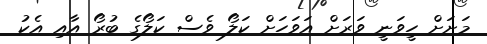
މަށަށް ހީވަނީ ވަރަށް އަވަހަށް ކަލޯ ވެސް ކަލޯގެ ބުރޯ އާއި އެކު